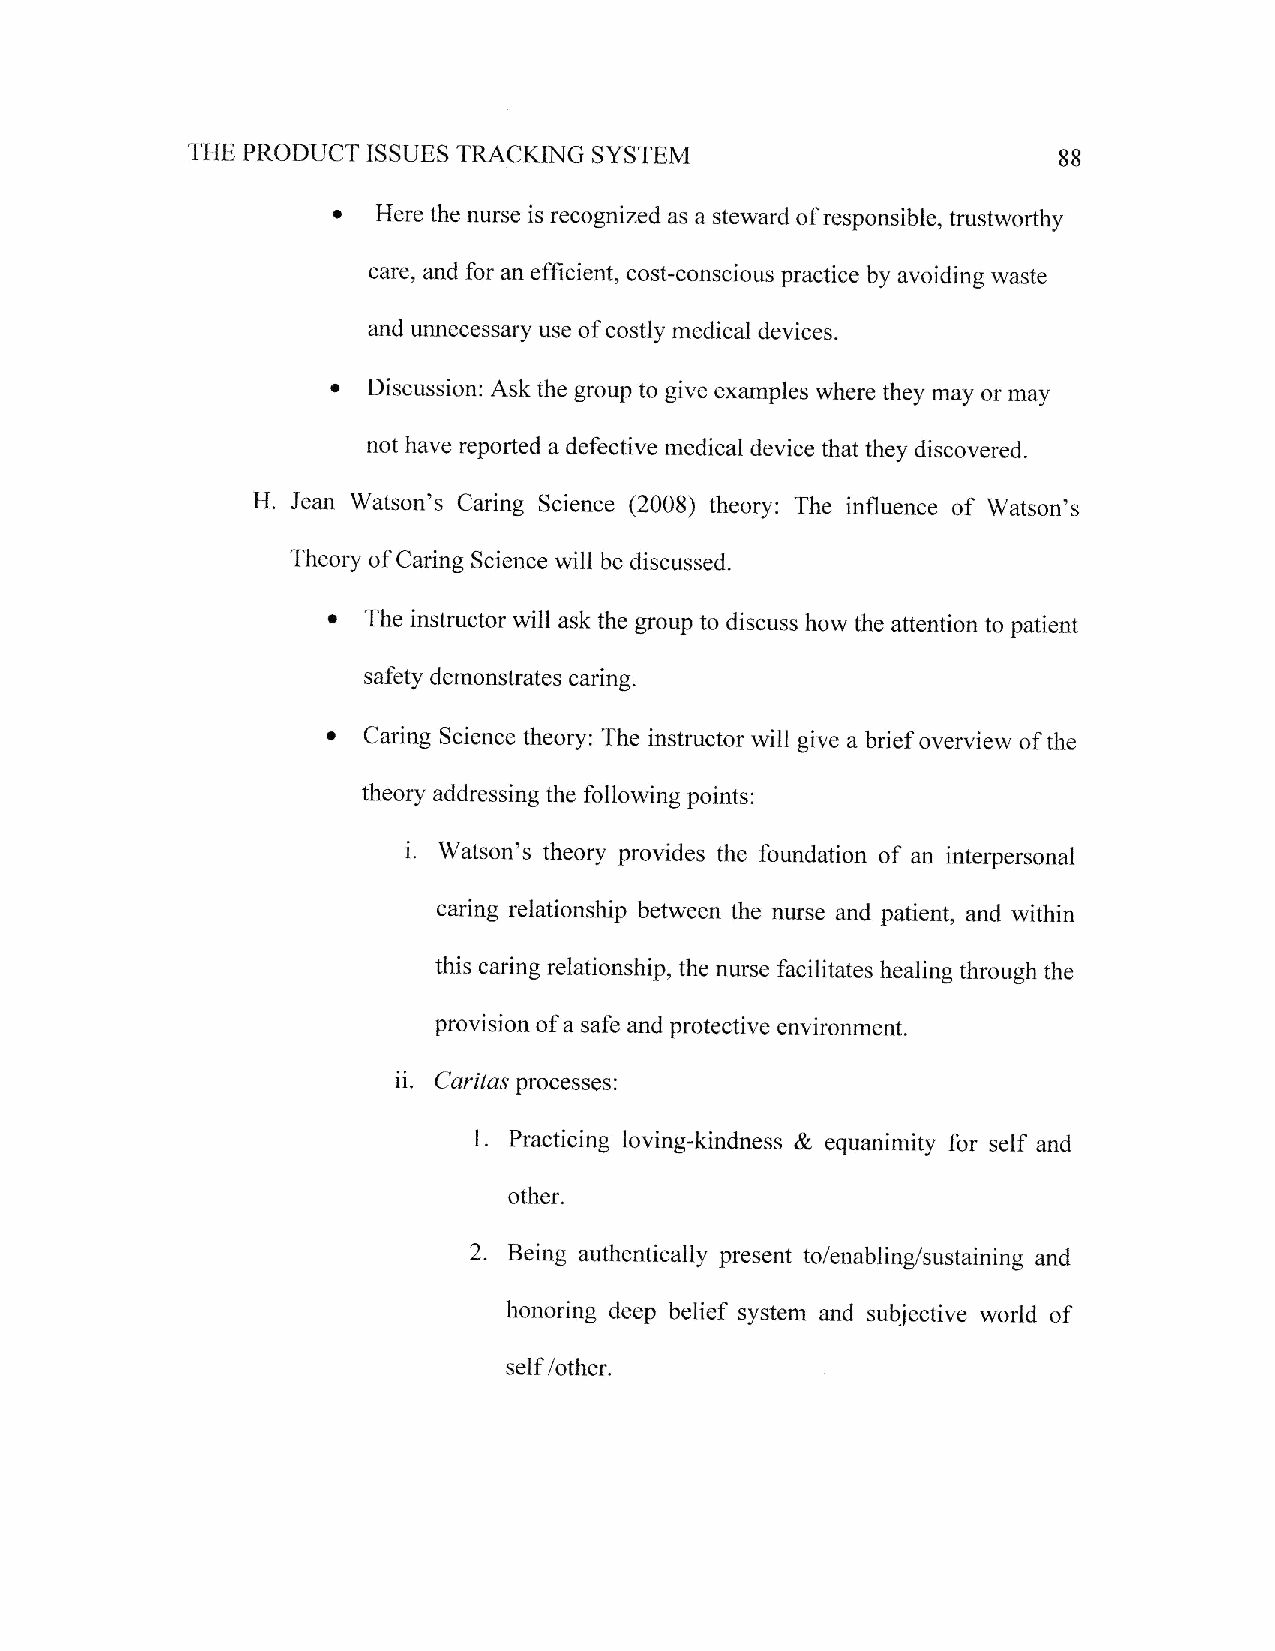
TFIE PRODUCT ISSTJES TRACKING SYSTEM                      88
 o
 Here the nurse is recognized as a steward of responsible, trustworthy
 care, and for an efficient, cost-conscious practice by avoiding waste
 and unnecessary use of costly medical devices.
 I
 Discussion: Ask the group to give examples where they may or may
 not have reported a defective medical device that they discovered.
 H. Jean Watson's Caring Science (2008) theory: The influence of Watson's
 Theory of Caring Science will be discussed.
 t
 The instructor will ask the group to discuss how the attention to patient
 safety dernonstrates caring.
 .
 Caring Science theory: The instructor will give a brief overview of the
 theory addressing the following points:
 i.
 Watson's theory provides the foundation of an interpersonal
 caring relationship between the nurse and patient, and within
 this caring relationship, the nurse facilitates healing through the
 provision of a safe and protestive environment.
 ii.
 Caritas plocesses:
 l. Practicing loving-kindness & equanimity for self and
 other.
 2.
 Being authentically present to/enablingisustaining and
 honoring deep belief system and subjective world of
 self /other.